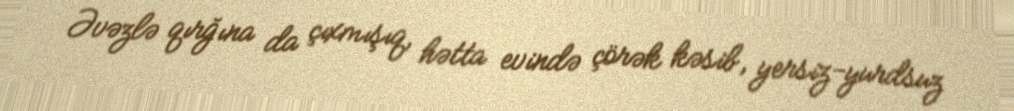
Əvəzlə qırğına da çıxmışıq, hətta evində çörək kəsib, yersiz-yurdsuz